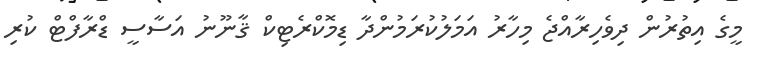
މީގެ އިތުރުން ދިވެހިރާއްޖެ މިހާރު އަމަލުކުރަމުންދާ ޑިމޮކްރެޓިކް ޤާނޫނު އަސާސީ ޑްރާފްޓް ކުރި